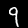
Label: 9